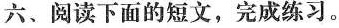
六、阅读下面的短文，完成练习。